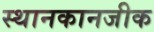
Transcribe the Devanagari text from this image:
स्थानकानजीक